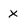
Character: x